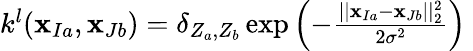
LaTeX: \begin{array}{r}{k^{l}(\mathbf{x}_{Ia},\mathbf{x}_{Jb})=\mathbf{\delta}_{Z_{a},Z_{b}}\exp{\left(-\frac{\vert\vert\mathbf{x}_{Ia}-\mathbf{x}_{Jb}\vert\vert_{2}^{2}}{2\sigma^{2}}\right)}~}\end{array}